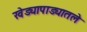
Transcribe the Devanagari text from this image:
खेड्यापाड्यातले